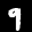
Label: 9